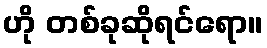
ဟို တစ်ခုဆိုရင်ရော။